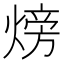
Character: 𪹚